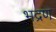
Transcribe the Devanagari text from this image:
भद्रण